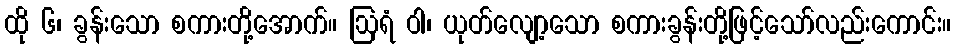
ထို ၆၊ ခွန်းသော စကားတို့အောက်။ ဩရံ ဝါ၊ ယုတ်လျော့သော စကားခွန်းတို့ဖြင့်သော်လည်းကောင်း။